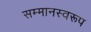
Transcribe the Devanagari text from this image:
सम्‍मानस्‍वरूप